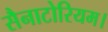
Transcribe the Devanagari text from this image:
सैनाटोरियम।